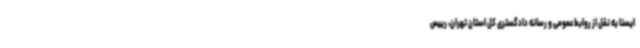
ایسنا به نقل از روابط عمومی و رسانه دادگستری کل استان تهران،‌ رییس